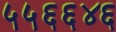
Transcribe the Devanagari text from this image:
५५६६४६